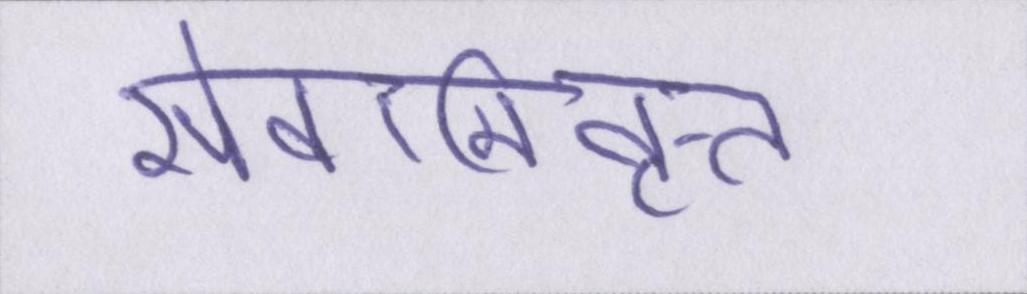
सेवानिवृत्त